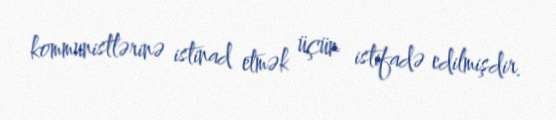
kommunistlərinə istinad etmək üçün istifadə edilmişdir.